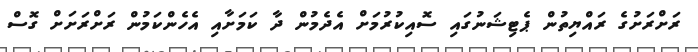
ރަށްރަށުގެ ރައްޔިތުން ޕެޓިޝަނުގައި ސޮއިކުރުމަށް އެދެމުން ދާ ކަމަށާއި އެހެންކަމުން ރަށްރަށަށް ގޮސް